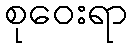
စုဝေးရာ